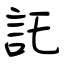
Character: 託